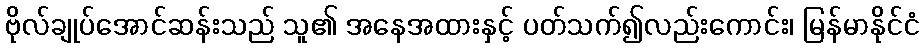
ဗိုလ်ချုပ်အောင်ဆန်းသည် သူ၏ အနေအထားနှင့် ပတ်သက်၍လည်းကောင်း၊ မြန်မာနိုင်ငံ